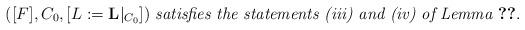
LaTeX: \begin{align*}([F],C_0,[L:=\mathbf{L}|_{C_0}])\ \textit{satisfies the statements (iii) and (iv) of Lemma \ref{Lemma 4.2}}.\end{align*}